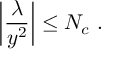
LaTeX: \left| { \frac { \lambda } { y ^ { 2 } } } \right| \le N _ { c } ~ .